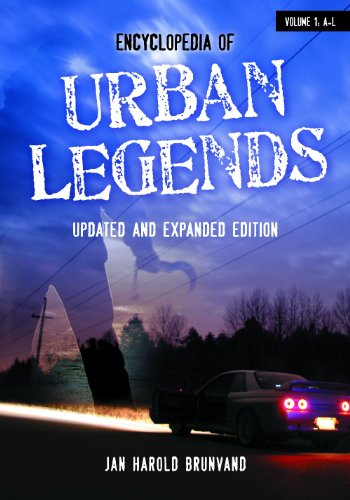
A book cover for Encyclopedia of Urban Legends, Updated and Expanded Edition  (2 Volume Set); Jan Harold Brunvand; Humor & Entertainment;